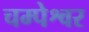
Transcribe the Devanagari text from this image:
चम्पेश्वर